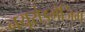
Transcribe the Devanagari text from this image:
नयूरोइमेजिंग